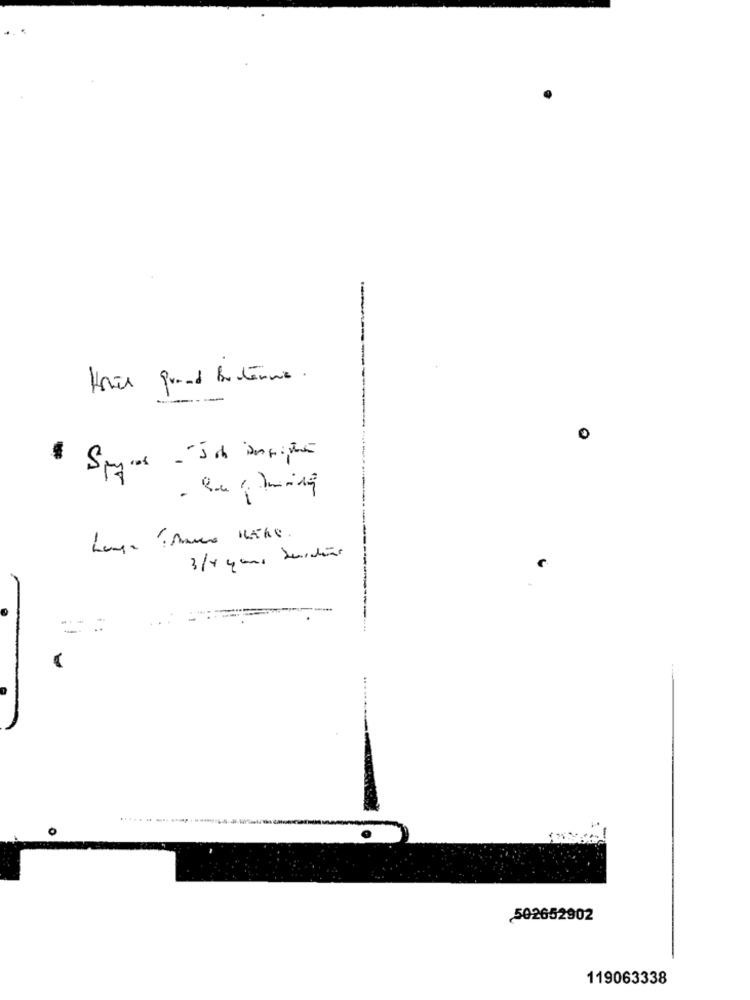
---
-
502652902
119063338